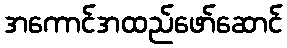
အကောင်အထည်ဖော်ဆောင်